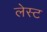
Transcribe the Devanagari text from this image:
लेस्ट